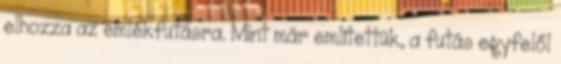
elhozza az emlékfutásra. Mint már említettük, a futás egyfelől